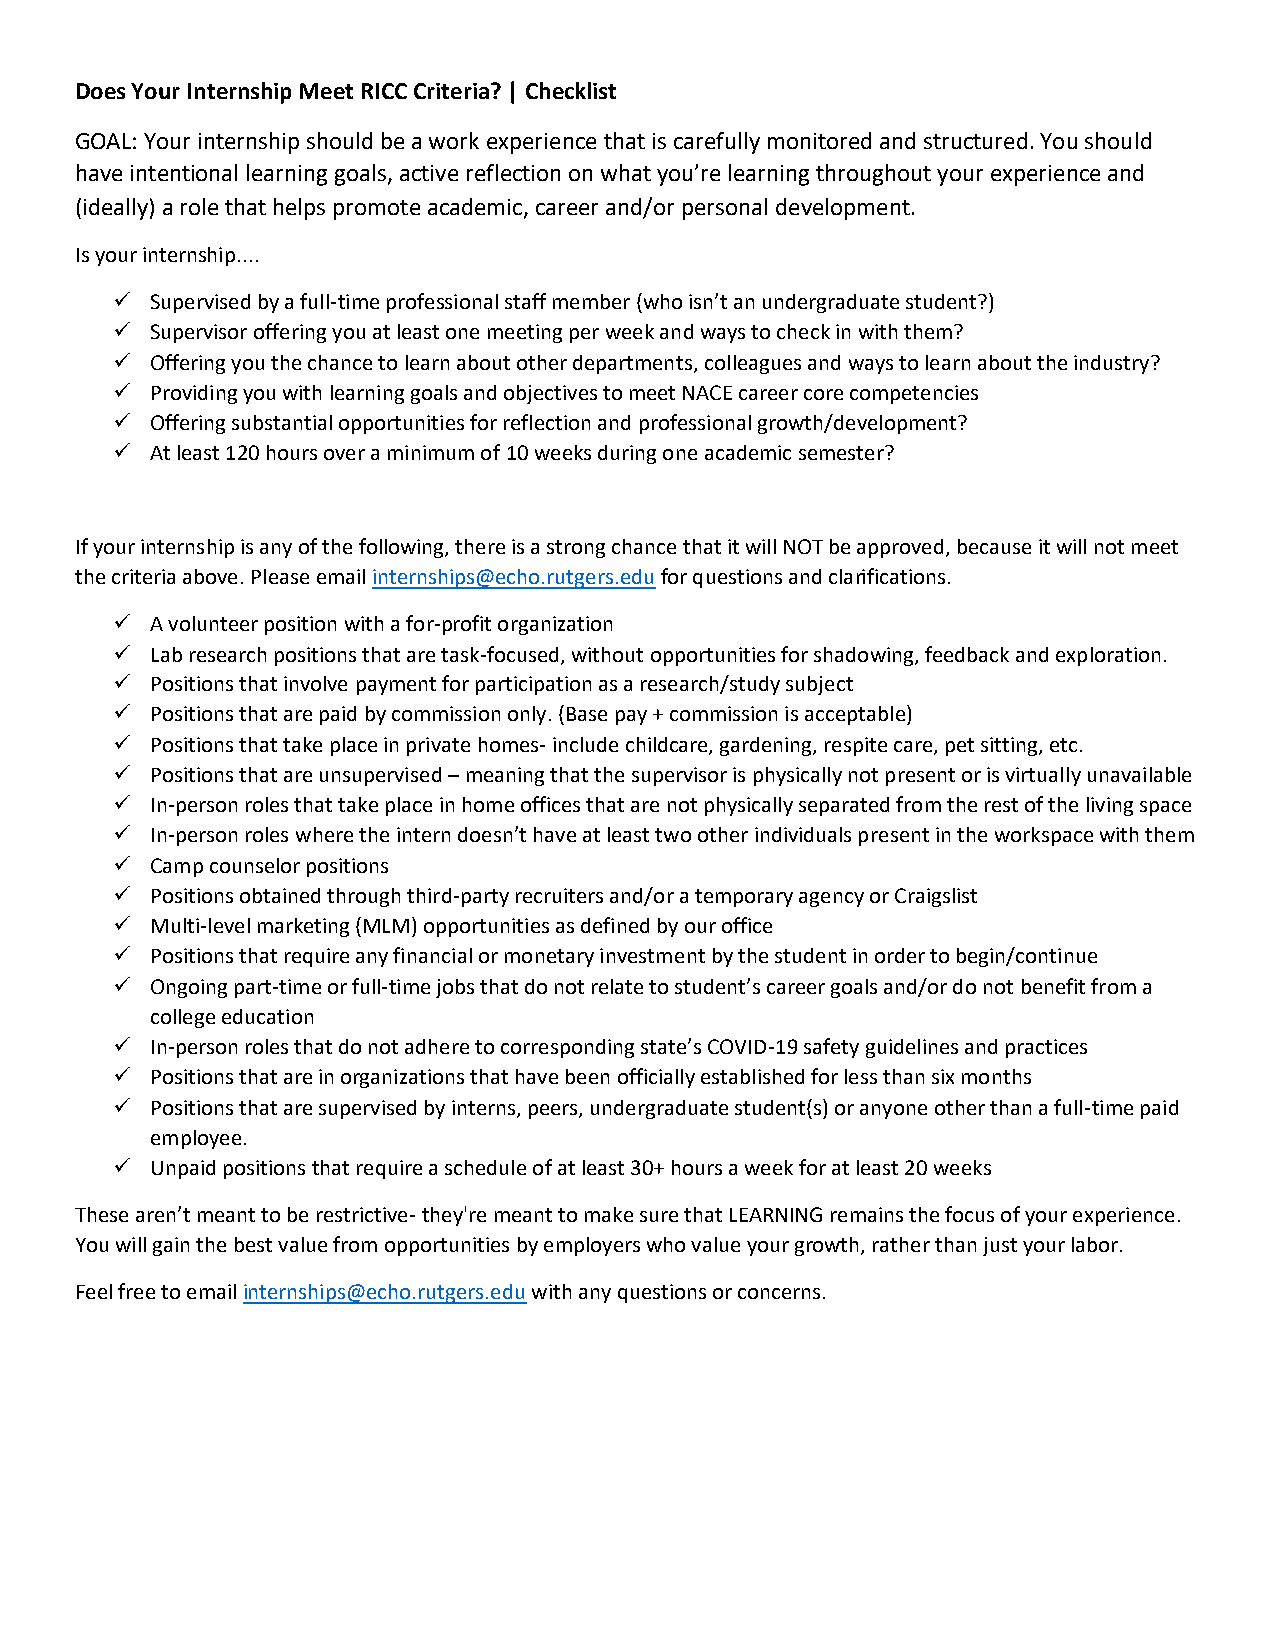
Does Your Internship Meet RICC Criteria? | Checklist
 GOAL: Your internship should be a work experience that is carefully monitored and structured. You should
 have intentional learning goals, active reflection on what you’re learning throughout your experience and
 (ideally) a role that helps promote academic, career and/or personal development.
 Is your internship....
 ✓  Supervised by a full-time professional staff member (who isn’t an undergraduate student?)
 ✓  Supervisor offering you at least one meeting per week and ways to check in with them?
 ✓  Offering you the chance to learn about other departments, colleagues and ways to learn about the industry?
 ✓  Providing you with learning goals and objectives to meet NACE career core competencies
 ✓  Offering substantial opportunities for reflection and professional growth/development?
 ✓  At least 120 hours over a minimum of 10 weeks during one academic semester?
 If your internship is any of the following, there is a strong chance that it will NOT be approved, because it will not meet
 the criteria above. Please email internships@echo.rutgers.edu for questions and clarifications.
 ✓  A volunteer position with a for-profit organization
 ✓  Lab research positions that are task-focused, without opportunities for shadowing, feedback and exploration.
 ✓  Positions that involve payment for participation as a research/study subject
 ✓  Positions that are paid by commission only. (Base pay + commission is acceptable)
 ✓  Positions that take place in private homes- include childcare, gardening, respite care, pet sitting, etc.
 ✓  Positions that are unsupervised – meaning that the supervisor is physically not present or is virtually unavailable
 ✓  In-person roles that take place in home offices that are not physically separated from the rest of the living space
 ✓  In-person roles where the intern doesn’t have at least two other individuals present in the workspace with them
 ✓  Camp counselor positions
 ✓  Positions obtained through third-party recruiters and/or a temporary agency or Craigslist
 ✓  Multi-level marketing (MLM) opportunities as defined by our office
 ✓  Positions that require any financial or monetary investment by the student in order to begin/continue
 ✓  Ongoing part-time or full-time jobs that do not relate to student’s career goals and/or do not benefit from a
 college education
 ✓  In-person roles that do not adhere to corresponding state’s COVID-19 safety guidelines and practices
 ✓  Positions that are in organizations that have been officially established for less than six months
 ✓  Positions that are supervised by interns, peers, undergraduate student(s) or anyone other than a full-time paid
 employee.
 ✓  Unpaid positions that require a schedule of at least 30+ hours a week for at least 20 weeks
 These aren’t meant to be restrictive- they're meant to make sure that LEARNING remains the focus of your experience.
 You will gain the best value from opportunities by employers who value your growth, rather than just your labor.
 Feel free to email internships@echo.rutgers.edu with any questions or concerns.